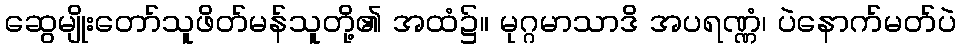
ဆွေမျိုးတော်သူဖိတ်မန်သူတို့၏ အထံ၌။ မုဂ္ဂမာသာဒိ အပရဏ္ဏံ၊ ပဲနောက်မတ်ပဲ